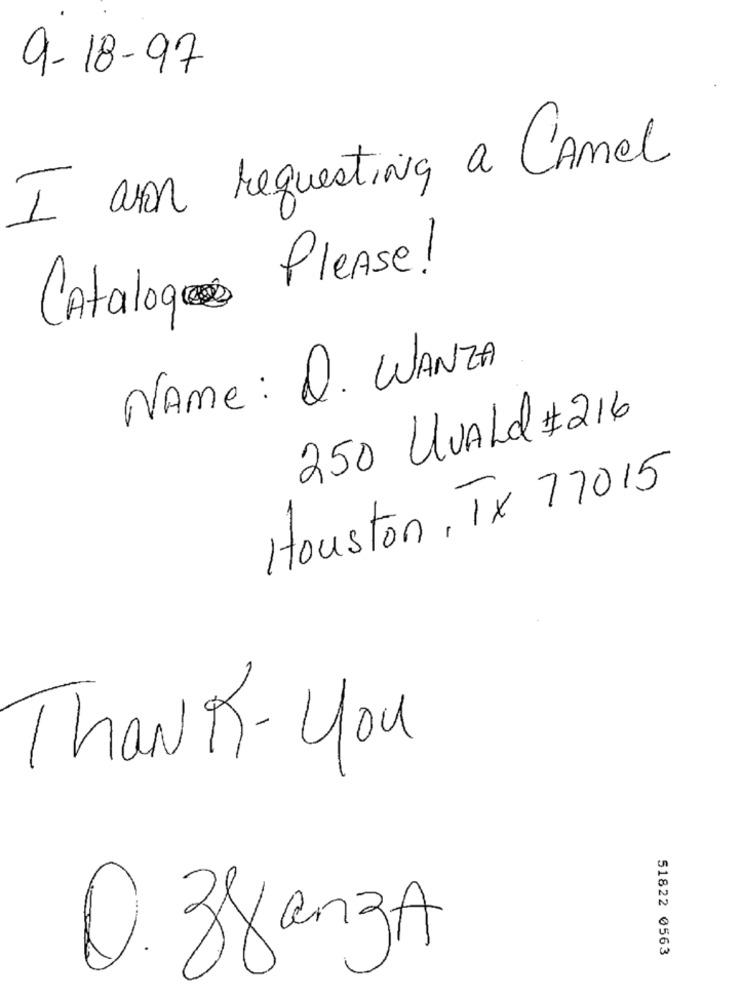
9-18-97
I aron requesting a Camel
Catalogs Please!
NAME: Q. WANZA
250 UVALd #216
Houston, TX 77015
Thank- you
51822 0563
O. zganzA